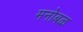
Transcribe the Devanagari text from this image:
मनोबळ